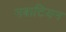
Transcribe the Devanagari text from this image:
नबाटियन